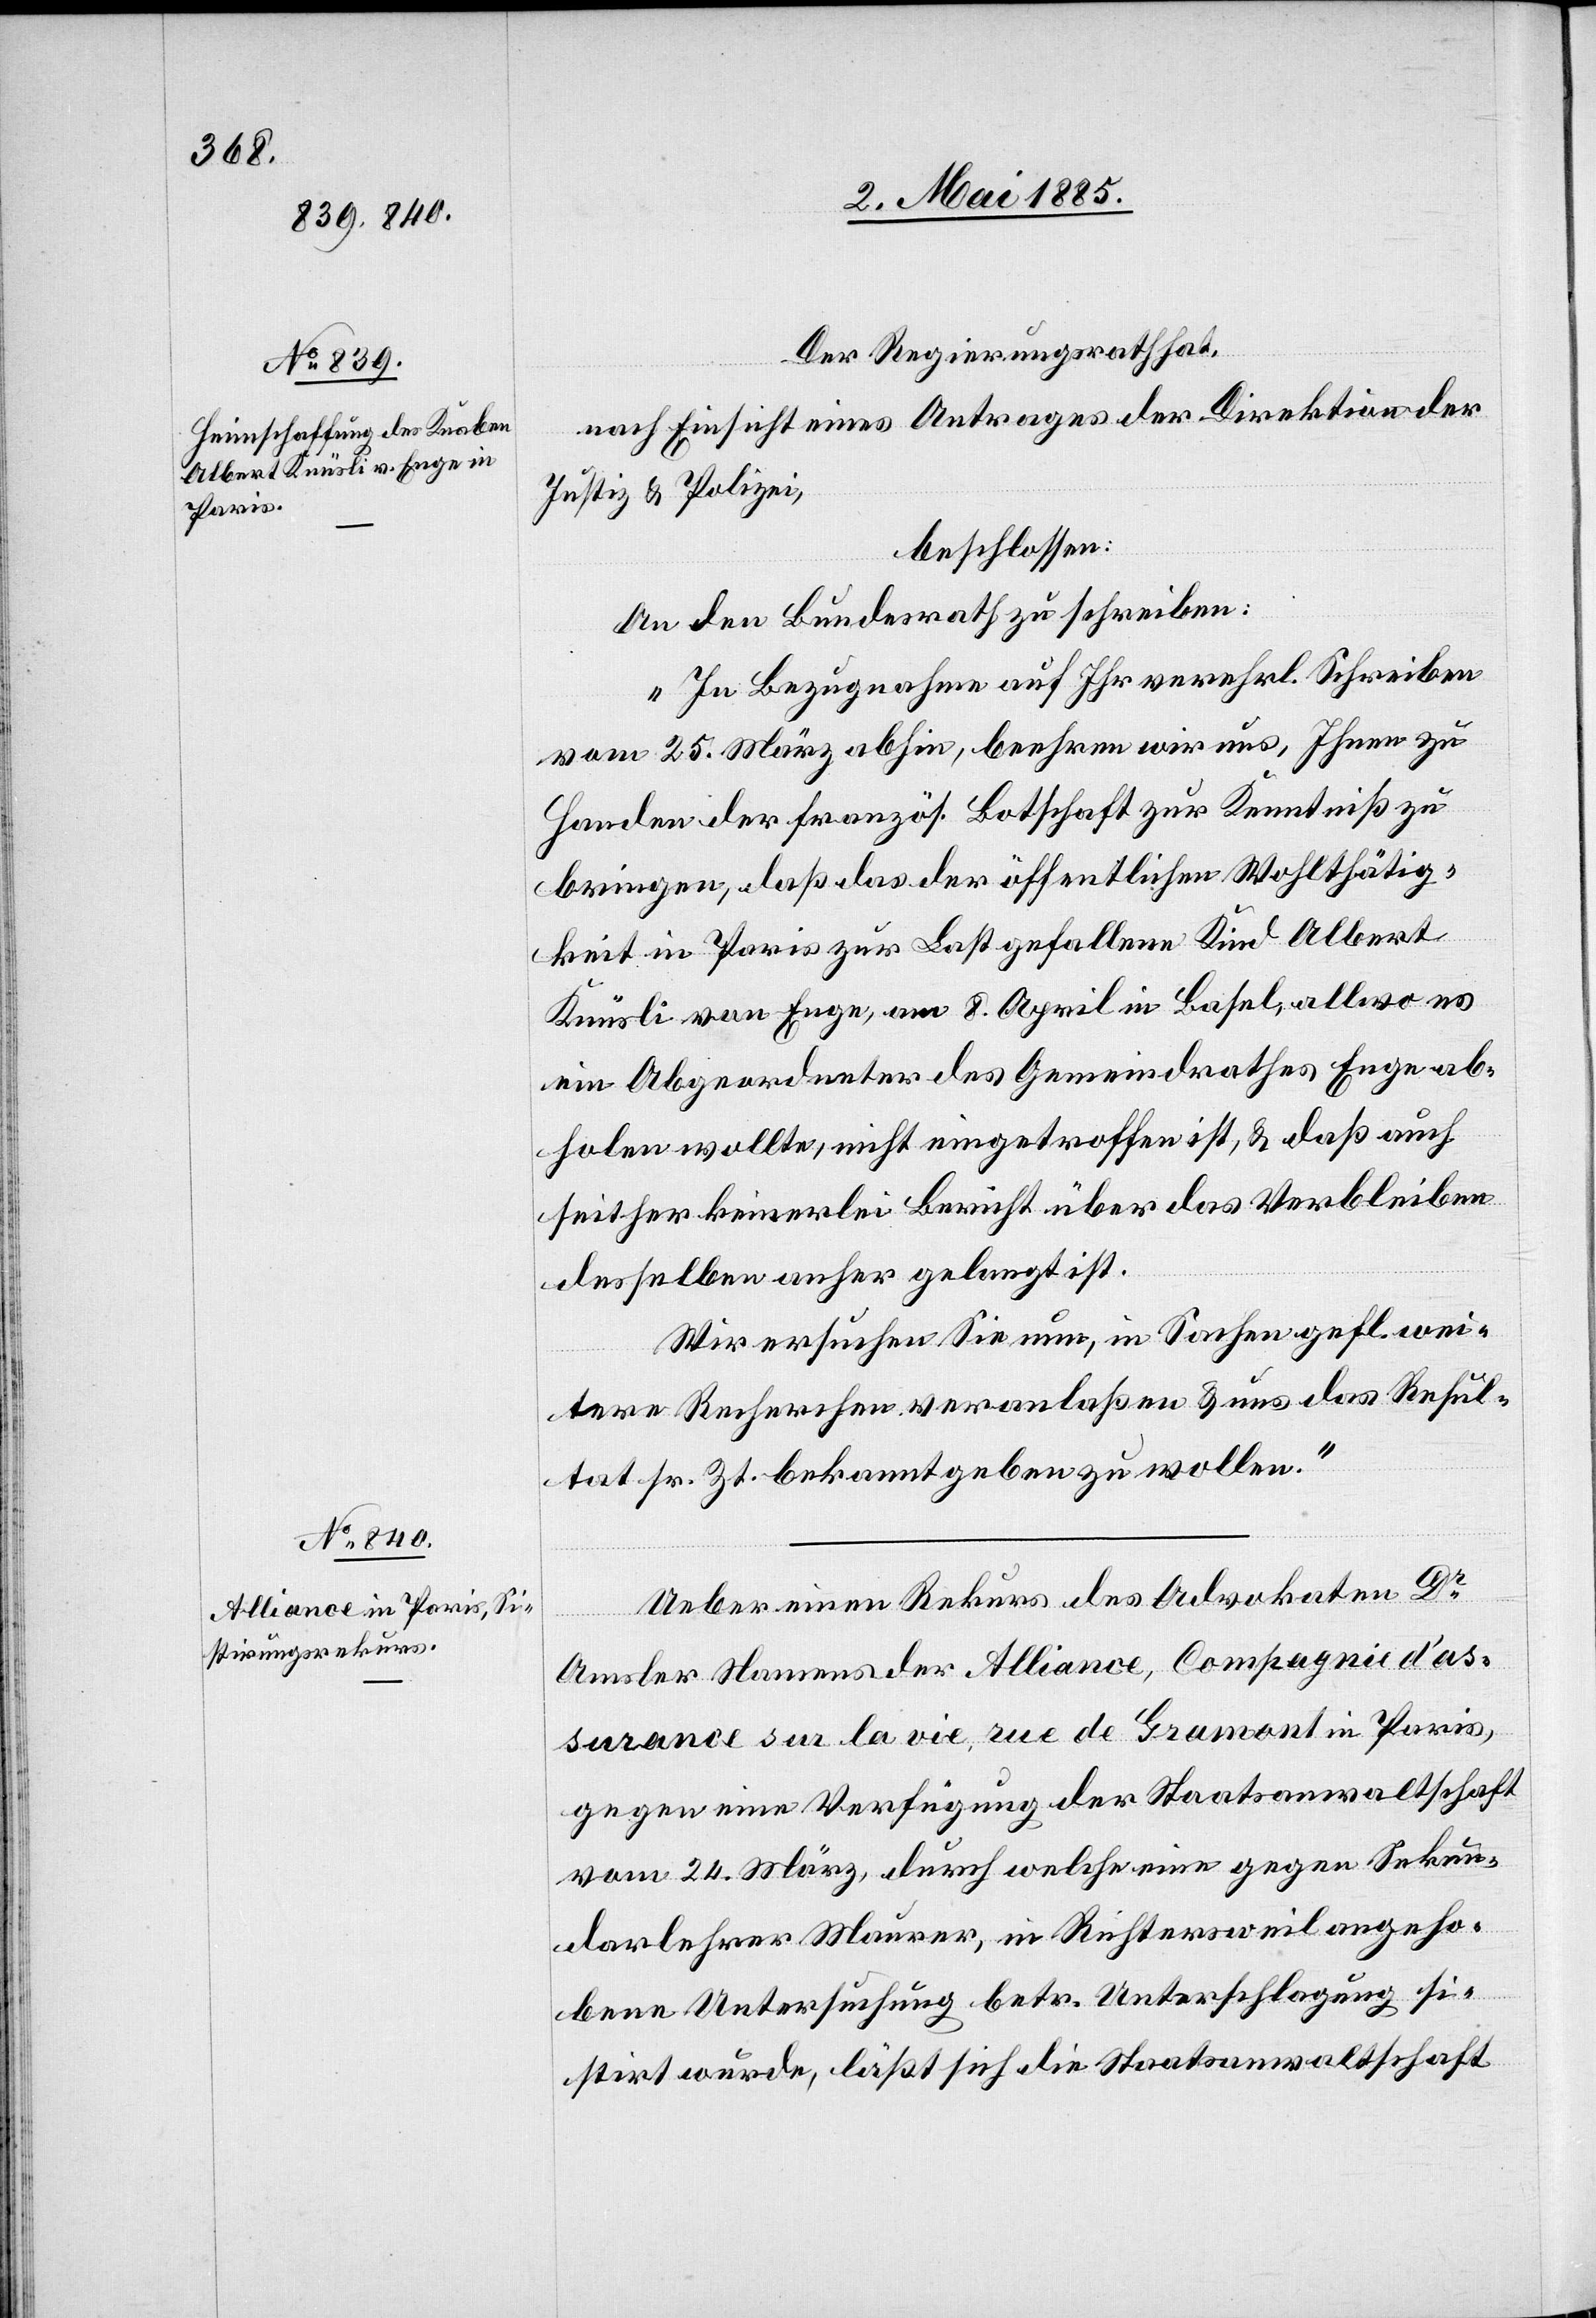
Der Regierungsrath hat,
nach Einsicht eines Antrages der Direktion der
Justiz & Polizei,
beschlossen:
An den Bundesrath zu schreiben:
„In Bezugnahme auf Ihr verehrl. Schreiben
vom 25. März abhin, beehren wir uns, Ihnen zu
Handen der französ. Bothschaft zur Kenntniß zu
bringen, daß das der öffentlichen Wohltätig¬
keit in Paris zur Last gefallene Kind Albert
Knüsli von Enge, am 8. April in Basel, allwo es
ein Abgeordneter des Gemeindrathes Enge ab¬
holen wollte, nicht eingetroffen ist, & daß auch
seither keinerlei Bericht über das Verbleiben
desselben anher gelangt ist.
Wir ersuchen Sie nun, in Sachen gefl. wei¬
tere Recherchen veranlaßen & uns das Resul¬
tat sr. Zt. bekannt geben zu wollen.“
Ueber einen Rekurs des Advokaten Dr
Amsler Namens der Alliance, Compagnie d’as¬
surance sur la vie, rue de Gramont in Paris,
gegen eine Verfügung der Staatsanwaltschaft
vom 24. März, durch welche eine gegen Sekun¬
darlehrer Maurer, in Richtersweil angeho¬
bene Untersuchung betr. Unterschlagung si¬
stirt wurde, läßt sich die Staatsanwaltschaft